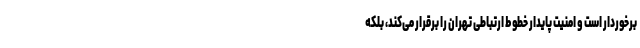
برخوردار است و امنیت پایدار خطوط ارتباطی تهران را برقرار می‌کند، بلکه